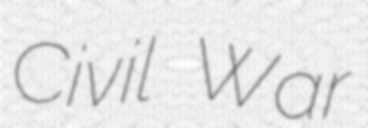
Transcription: Civil War